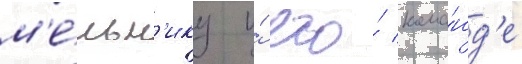
м'е́льн'ику и́ его́ кома́нд'е